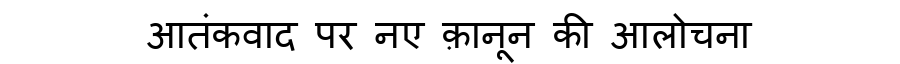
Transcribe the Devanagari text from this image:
आतंकवाद पर नए क़ानून की आलोचना